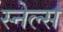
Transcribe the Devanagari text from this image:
स्नेल्स